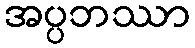
အပ္ပဘဿာ